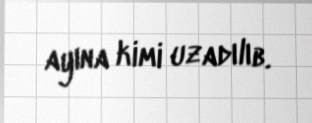
ayına kimi uzadılıb.